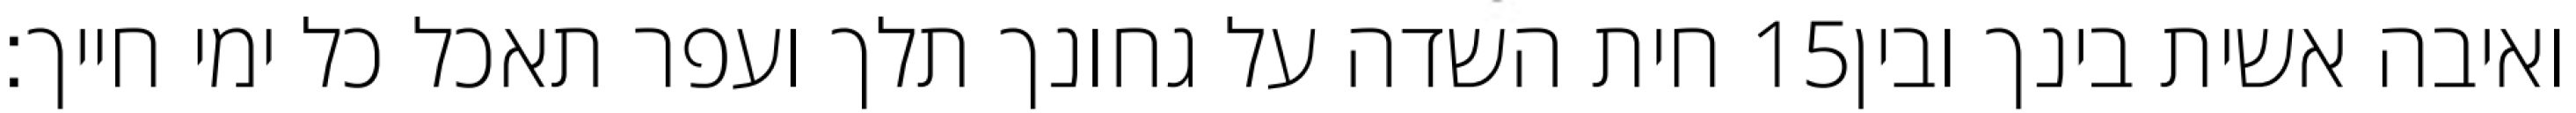
חית השדה על גחונך תלך ועפר תאכל כל ימי חייך׃ ‎15‏ ואיבה אשית בינך ובין